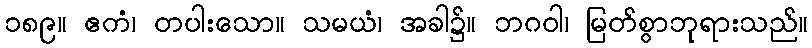
၁၈၉။ ဧကံ၊ တပါးသော။ သမယံ၊ အခါ၌။ ဘဂဝါ၊ မြတ်စွာဘုရားသည်။